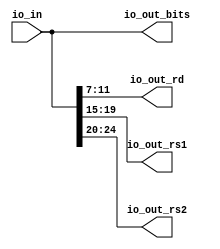
// Copyright (c) 2017, Microsemi Corporation
// All rights reserved.
//
// Redistribution and use in source and binary forms, with or without
// modification, are permitted provided that the following conditions are met:
//     * Redistributions of source code must retain the above copyright
//       notice, this list of conditions and the following disclaimer.
//     * Redistributions in binary form must reproduce the above copyright
//       notice, this list of conditions and the following disclaimer in the
//       documentation and/or other materials provided with the distribution.
//     * Neither the name of the <organization> nor the
//       names of its contributors may be used to endorse or promote products
//       derived from this software without specific prior written permission.
//
// THIS SOFTWARE IS PROVIDED BY THE COPYRIGHT HOLDERS AND CONTRIBUTORS "AS IS" AND
// ANY EXPRESS OR IMPLIED WARRANTIES, INCLUDING, BUT NOT LIMITED TO, THE IMPLIED
// WARRANTIES OF MERCHANTABILITY AND FITNESS FOR A PARTICULAR PURPOSE ARE
// DISCLAIMED. IN NO EVENT SHALL MICROSEMI CORPORATIONM BE LIABLE FOR ANY
// DIRECT, INDIRECT, INCIDENTAL, SPECIAL, EXEMPLARY, OR CONSEQUENTIAL DAMAGES
// (INCLUDING, BUT NOT LIMITED TO, PROCUREMENT OF SUBSTITUTE GOODS OR SERVICES;
// LOSS OF USE, DATA, OR PROFITS; OR BUSINESS INTERRUPTION) HOWEVER CAUSED AND
// ON ANY THEORY OF LIABILITY, WHETHER IN CONTRACT, STRICT LIABILITY, OR TORT
// (INCLUDING NEGLIGENCE OR OTHERWISE) ARISING IN ANY WAY OUT OF THE USE OF THIS
// SOFTWARE, EVEN IF ADVISED OF THE POSSIBILITY OF SUCH DAMAGE.
//
// APACHE LICENSE
// Copyright (c) 2017, Microsemi Corporation 
//
// Licensed under the Apache License, Version 2.0 (the "License");
// you may not use this file except in compliance with the License.
// You may obtain a copy of the License at
//
//    http://www.apache.org/licenses/LICENSE-2.0
//
// Unless required by applicable law or agreed to in writing, software
// distributed under the License is distributed on an "AS IS" BASIS,
// WITHOUT WARRANTIES OR CONDITIONS OF ANY KIND, either express or implied.
// See the License for the specific language governing permissions and
// limitations under the License.
//
// Description:
//
// SVN Revision Information:
// SVN $Revision: $
// SVN $Date: $
//
// Resolved SARs
// SAR      Date     Who   Description
//
// Notes:
//
// ****************************************************************************/
`ifndef RANDOMIZE_REG_INIT 
	 `define RANDOMIZE_REG_INIT 
 `endif
`ifndef RANDOMIZE_MEM_INIT 
	 `define RANDOMIZE_MEM_INIT 
 `endif
`ifndef RANDOMIZE 
	 `define RANDOMIZE 
`endif

`timescale 1ns/10ps
module MiV_AXI_MiV_AXI_0_MIV_RV32IMA_L1_AXI_RVCEXPANDER( // @[:freechips.rocketchip.system.MivRV32ImaL1AhbConfig.fir@107660.2]
  input  [31:0] io_in, // @[:freechips.rocketchip.system.MivRV32ImaL1AhbConfig.fir@107663.4]
  output [31:0] io_out_bits, // @[:freechips.rocketchip.system.MivRV32ImaL1AhbConfig.fir@107663.4]
  output [4:0]  io_out_rd, // @[:freechips.rocketchip.system.MivRV32ImaL1AhbConfig.fir@107663.4]
  output [4:0]  io_out_rs1, // @[:freechips.rocketchip.system.MivRV32ImaL1AhbConfig.fir@107663.4]
  output [4:0]  io_out_rs2 // @[:freechips.rocketchip.system.MivRV32ImaL1AhbConfig.fir@107663.4]
);
  wire [4:0] _T_5; // @[RVC.scala 20:36:freechips.rocketchip.system.MivRV32ImaL1AhbConfig.fir@107669.4]
  wire [4:0] _T_6; // @[RVC.scala 20:57:freechips.rocketchip.system.MivRV32ImaL1AhbConfig.fir@107670.4]
  wire [4:0] _T_7; // @[RVC.scala 20:79:freechips.rocketchip.system.MivRV32ImaL1AhbConfig.fir@107671.4]
  assign _T_5 = io_in[11:7]; // @[RVC.scala 20:36:freechips.rocketchip.system.MivRV32ImaL1AhbConfig.fir@107669.4]
  assign _T_6 = io_in[19:15]; // @[RVC.scala 20:57:freechips.rocketchip.system.MivRV32ImaL1AhbConfig.fir@107670.4]
  assign _T_7 = io_in[24:20]; // @[RVC.scala 20:79:freechips.rocketchip.system.MivRV32ImaL1AhbConfig.fir@107671.4]
  assign io_out_bits = io_in;
  assign io_out_rd = _T_5;
  assign io_out_rs1 = _T_6;
  assign io_out_rs2 = _T_7;
endmodule